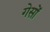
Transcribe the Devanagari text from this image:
गेसों